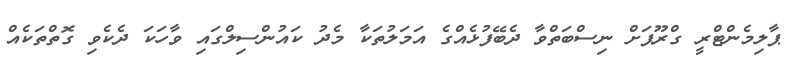
ޕާލިމެންޓްރީ ގްރޫޕަށް ނިސްބަތްވާ ދެބޭފުޅެއްގެ އަމަލުތަކާ މެދު ކައުންސިލްގައި ވާހަކަ ދެކެވި ގޮތްތަކެއް